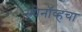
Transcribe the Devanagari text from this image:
स्त्र्येनॉव्हचा